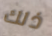
ذلك